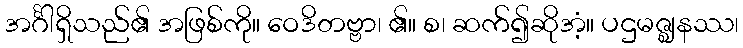
အင်္ဂါရှိသည်၏ အဖြစ်ကို။ ဝေဒိတဗ္ဗာ၊ ၏။ စ၊ ဆက်၍ဆိုအံ့။ ပဌမဇ္ဈနဿ၊